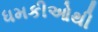
ધમકીઓથી